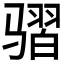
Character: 𱅩